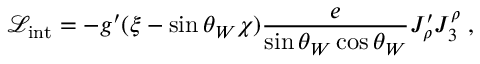
\mathcal { L } _ { \mathrm { i n t } } = - g ^ { \prime } ( \xi - \sin \theta _ { W } \chi ) \frac { e } { \sin \theta _ { W } \cos \theta _ { W } } J _ { \rho } ^ { \prime } J _ { 3 } ^ { \rho } \; ,